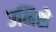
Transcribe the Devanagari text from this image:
उनिशे